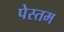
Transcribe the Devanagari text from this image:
पेस्तम